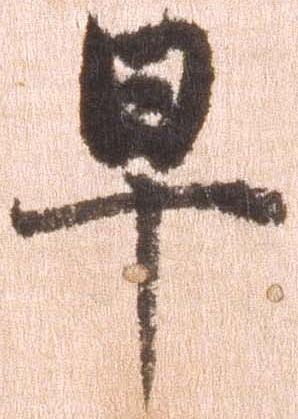
早